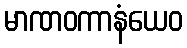
မာဏဝကာနံယေဝ